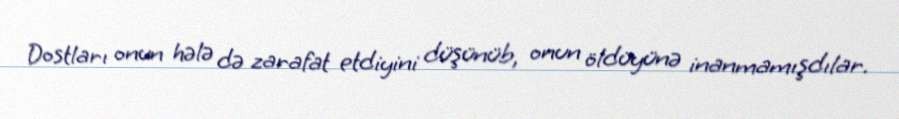
Dostları onun hələ də zarafat etdiyini düşünüb, onun öldüyünə inanmamışdılar.